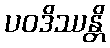
ပဝဒိဿန္တိ